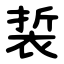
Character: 裚